Report on the working of the mental hospitals for Indians in Bihar and Orissa - 1925-1929
Year: 1925
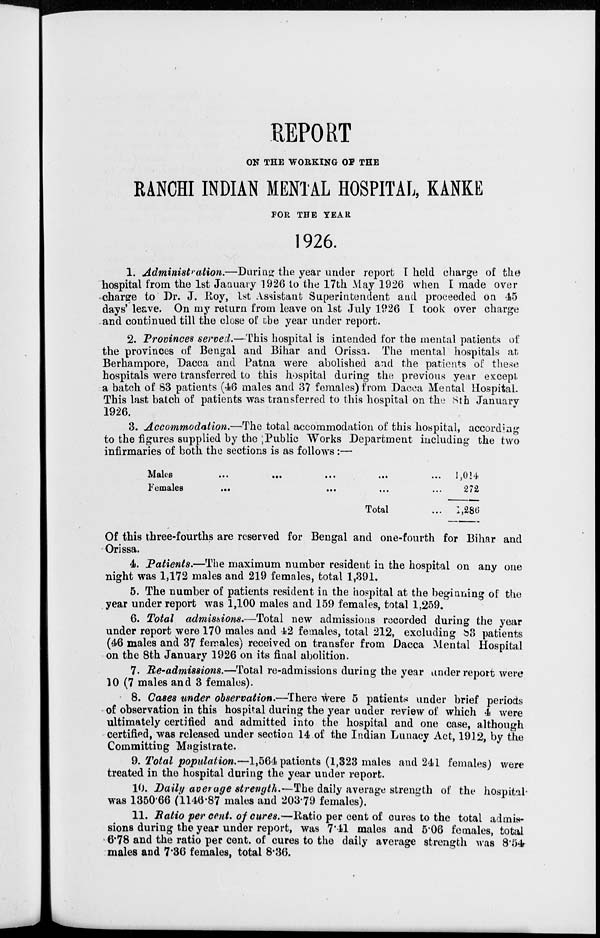
REPORT
ON THE WORKING OF THE
RANCHI INDIAN MENTAL HOSPITAL, KANKE
FOR THE YEAR
1926.
1. Administration.—During the year under report I held charge of the
hospital from the 1st January 1926 to the 17th May 1926 when I made over
charge to Dr. J. Roy, 1st Assistant Superintendent and proceeded on 45
days' leave. On my return from leave on 1st July 1926 I took over charge
and continued till the close of the year under report.
2. Provinces served.—This hospital is intended for the mental patients of
the provinces of Bengal and Bihar and Orissa. The mental hospitals at
Berhampore, Dacca and Patna were abolished and the patients of these
hospitals were transferred to this hospital during the previous year except
a batch of 83 patients (46 males and 37 females) from Dacca Mental Hospital.
This last batch of patients was transferred to this hospital on the 8th January
1926.
3. Accommodation.—The total accommodation of this hospital, according
to the figures supplied by the ;Public Works Department including the two
infirmaries of both the sections is as follows :—
Males
...
...
...
...
...
Females
...
...
...
...
...
Total ...
1,014
272
1,286
Of this three-fourths are reserved for Bengal and one-fourth for Bihar and
Orissa.
4. Patients.—The maximum number resident in the hospital on any one
night was 1,172 males and 219 females, total 1,391.
5. The number of patients resident in the hospital at the beginning of the
year under report was 1,100 males and 159 females, total 1,259.
6. Total admissions.—Total new admissions recorded during the year
under report were 170 males and 42 females, total 212, excluding 83 patients
(46 males and 37 females) received on transfer from Dacca Mental Hospital
on the 8th January 1926 on its final abolition.
7. Re-admissions.—Total re-admissions during the year under report were
10 (7 males and 3 females).
8. Cases under observation.—There were 5 patients under brief periods
of observation in this hospital during the year under review of which 4 were
ultimately certified and admitted into the hospital and one case, although
certified, was released under section 14 of the Indian Lunacy Act, 1912, by the
Committing Magistrate.
9. Total population.—1,564 patients (1,323 males and 241 females) were
treated in the hospital during the year under report.
10. Daily average strength.—The daily average strength of the hospital-
was 1350.66 (1146.87 males and 203.79 females).
11. Ratio per cent. of cures.—Ratio per cent of cures to the total admis-
sions during the year under report, was 7.41 males and 5.06 females, total
6.78 and the ratio per cent. of cures to the daily average strength was 8.54
males and 7.36 females, total 8.36.